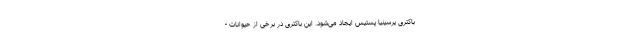
باکتری یرسینیا پستیس ایجاد می‌شود. این باکتری در برخی از حیوانات -